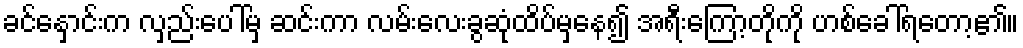
ခင်နှောင်းက လှည်းပေါ်မှ ဆင်းကာ လမ်းလေးခွဆုံထိပ်မှနေ၍ အရီးကြော့တိုကို ဟစ်ခေါ်ရတော့၏။